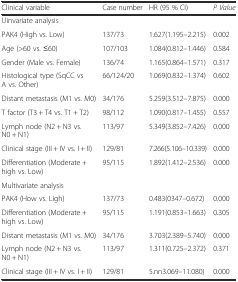
| Clinical variable | Case number | HR (95 % CI) | P Value |
 | --- | --- | --- | --- |
 | Uinvariate analysis |  |  |  |
 | PAK4 (High vs. Low) | 137/73 | 1.627(1.195–2.215) | 0.002 |
 | Age (>60 vs. ≤60) | 107/103 | 1.084(0.812–1.446) | 0.584 |
 | Gender (Male vs. Female) | 136/74 | 1.165(0.864–1.571) | 0.317 |
 | Histological type (SqCC vs A vs. Other) | 66/124/20 | 1.069(0.832–1.374) | 0.602 |
 | Distant metastasis (M1 vs. M0) | 34/176 | 5.259(3.512–7.875) | 0.000 |
 | T factor (T3 + T4 vs. T1 + T2) | 98/112 | 1.090(0.817–1.455) | 0.557 |
 | Lymph node (N2 + N3 vs. N0 + N1) | 113/97 | 5.349(3.852–7.426) | 0.000 |
 | Clinical stage (III + IV vs. I + II) | 129/81 | 7.266(5.106–10.339) | 0.000 |
 | Differentiation (Moderate + high vs. Low) | 95/115 | 1.892(1.412–2.536) | 0.000 |
 | Multivariate analysis |  |  |  |
 | PAK4 (How vs. Ligh) | 137/73 | 0.483(0347–0.672) | 0.000 |
 | Differentiation (Moderate + high vs. Low) | 95/115 | 1.191(0.853–1.663) | 0.305 |
 | Distant metastasis (M1 vs. M0) | 34/176 | 3.703(2.389–5.740) | 0.000 |
 | Lymph node (N2 + N3 vs. N0 + N1) | 113/97 | 1.311(0.725–2.372) | 0.371 |
 | Clinical stage (III + IV vs. I + II) | 129/81 | 5.nn3.069–11.080) | 0.000 |